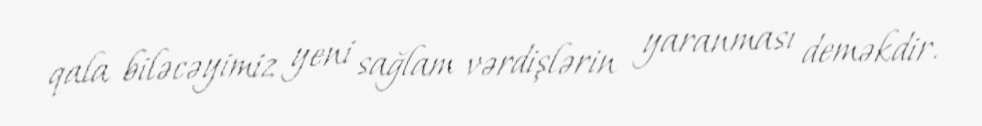
qala biləcəyimiz yeni sağlam vərdişlərin yaranması deməkdir.